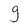
Character: g